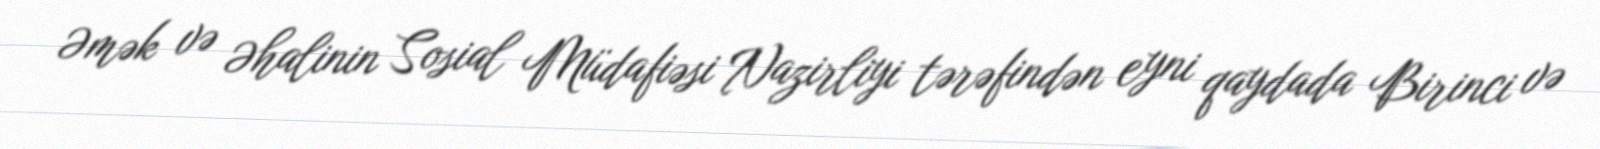
Əmək və Əhalinin Sosial Müdafiəsi Nazirliyi tərəfindən eyni qaydada Birinci və